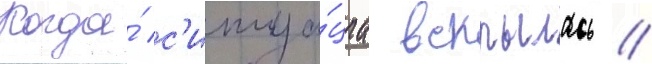
Когда́ с'итуа́циа вскрылась /